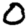
Digit: 0